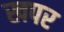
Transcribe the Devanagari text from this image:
खपर